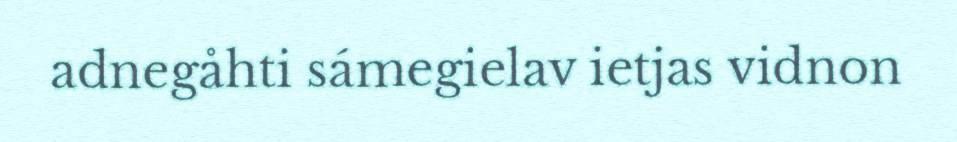
adnegåhti sámegielav ietjas vidnon